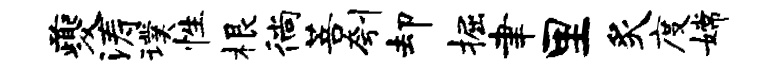
夔涛璞性根徜菩刳却掘聿里炙度嫦